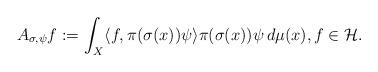
LaTeX: \begin{align*}A_{\sigma, \psi}f := \int_X \langle f, \pi(\sigma(x))\psi \rangle \pi(\sigma(x))\psi\,d\mu(x), f \in \mathcal{H}.\end{align*}